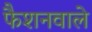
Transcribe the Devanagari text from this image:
फैशनवाले